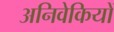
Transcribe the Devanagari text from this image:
अनिवेकियों